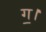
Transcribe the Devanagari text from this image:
ग॒।